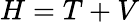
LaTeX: H=T+V